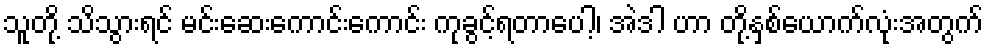
သူတို့ သိသွားရင် မင်းဆေးကောင်းကောင်း ကုခွင့်ရတာပေါ့၊ အဲဒါ ဟာ တို့နှစ်ယောက်လုံးအတွက်